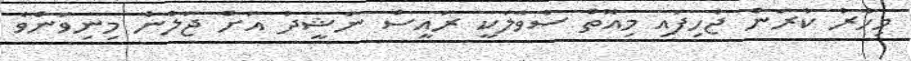
މިހާރު ކުރަން ޖެހިފައި މިއޮތް ސުވާލަކީ ރައީސް ނަޝީދު އަށް ޖަލުން މިނިވަންވެ